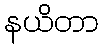
နယိတာ